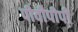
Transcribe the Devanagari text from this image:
पीवीपीपी